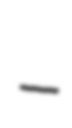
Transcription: –